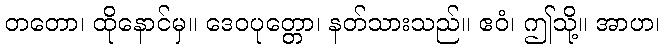
တတော၊ ထိုနောင်မှ။ ဒေဝပုတ္တော၊ နတ်သားသည်။ ဧဝံ၊ ဤသို့။ အာဟ၊